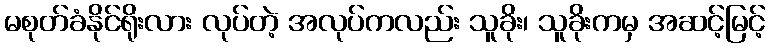
မစုတ်ခံနိုင်ရိုးလား လုပ်တဲ့ အလုပ်ကလည်း သူခိုး၊ သူခိုးကမှ အဆင့်မြင့်